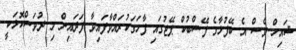
ޝައިހް ވެސް އެ ބޭފުޅާގެ ފޭސްބުކް ޕޭޖުގައި ފާހަގަކުރައްވާފައިވާ ފަދައިން މި ދުވަސްކޮޅަކީ